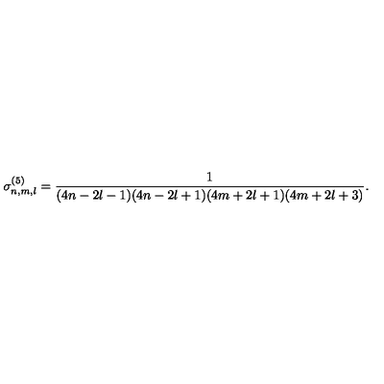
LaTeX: \sigma _ { n , m , l } ^ { ( 5 ) } = \frac { 1 } { ( 4 n - 2 l - 1 ) ( 4 n - 2 l + 1 ) ( 4 m + 2 l + 1 ) ( 4 m + 2 l + 3 ) } .